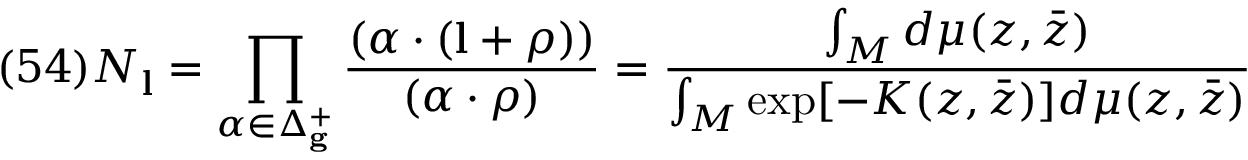
( 5 4 ) N _ { \bf l } = \prod _ { \alpha \in \Delta _ { \bf g } ^ { + } } \frac { ( \alpha \cdot ( { \bf l } + \rho ) ) } { ( \alpha \cdot \rho ) } = \frac { \int _ { \cal M } d \mu ( z , \bar { z } ) } { \int _ { \cal M } \exp [ - K ( z , \bar { z } ) ] d \mu ( z , \bar { z } ) }